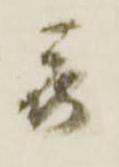
被